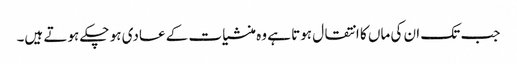
جب تک ان کی ماں کا انتقال ہوتا ہے وہ منشیات کے عادی ہو چکے ہوتے ہیں۔